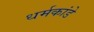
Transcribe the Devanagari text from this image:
धर्मकांडे